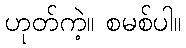
ဟုတ်ကဲ့။ စမစ်ပါ။